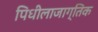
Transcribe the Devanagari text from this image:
पिधीलाजाग्तिक